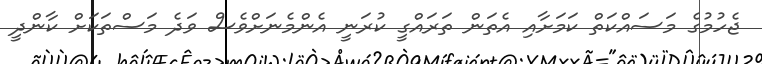
ޖެހުމުގެ މަސައްކަތް ކަމަށާއި އެތަން ތަރައްގީ ކުރަނީ އެންމެނަށްވެސް ވަދެ މަސްތަކަށް ކާންދީ